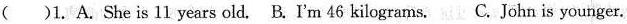
( )1. A.She is 11 years old. B. I'm 46 kilograms. C.John is younger.